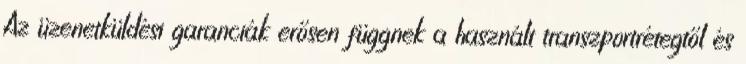
Az üzenetküldési garanciák erősen függnek a használt transzportrétegtől és